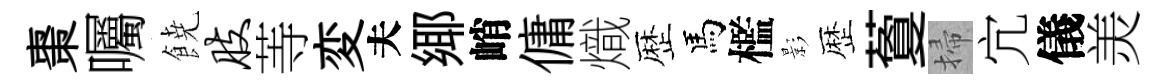
棗囑𩜙肢䓁変夫鄊峭傭熾歴馬檻影歴藑掃宂儀羙